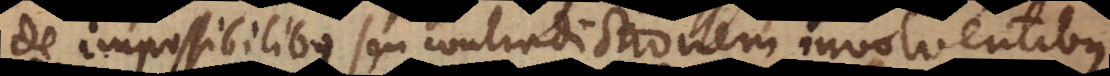
de impossibilibus seu contradictionem involventibus